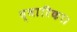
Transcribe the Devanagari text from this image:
द्वारिका।